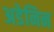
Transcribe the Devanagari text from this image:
अडेनिन